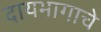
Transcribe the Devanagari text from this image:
दायभागाचे